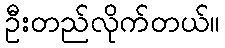
ဦးတည်လိုက်တယ်။